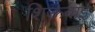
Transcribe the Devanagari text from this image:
शिऊबाई